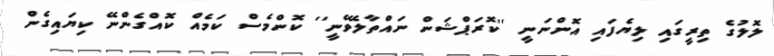
ލޮލުގެ ތިރީގައި ލިޔެފައި އޮންނަނީ ''ކޮރަޕްޝަން ނައްތާލެވޭނީ'' ކޮންމެސް ކަމެއް ކޮއްގެންނޭ ކިޔައިގެން